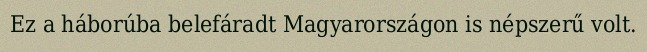
Ez a háborúba belefáradt Magyarországon is népszerű volt.